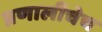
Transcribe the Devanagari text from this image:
प्रणालीचेच